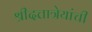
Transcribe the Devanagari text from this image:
श्रीदत्तात्रेयांची